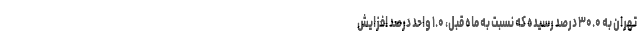
تهران به ۳۰.۰ درصد رسیده که نسبت به ماه قبل، ۱.۰ واحد درصد افزایش